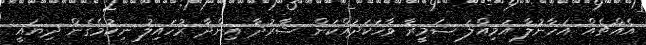
އެއްޗެއް އަހާނުލާ އަމިއްލަ ޟަމީރާ ވާހަކަދައްކަން ޝާރުދާ އިންދާ ރުހައިލު ނިކުމެގެން ދިޔައީ